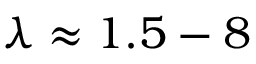
\lambda \approx 1 . 5 - 8